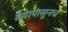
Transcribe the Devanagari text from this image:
वयापासुनच